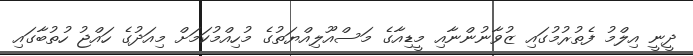
ދީނީ އިލްމު ފެތުރުމުގައި ޒުވާނުންނާއި މީޑިއާގެ މަސްއޫލިއްޔަތުގެ މުހިއްމުކަމަށް މިއަދުގެ ހައްޖު ހުތުބާގައި